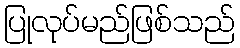
ပြုလုပ်မည်ဖြစ်သည်